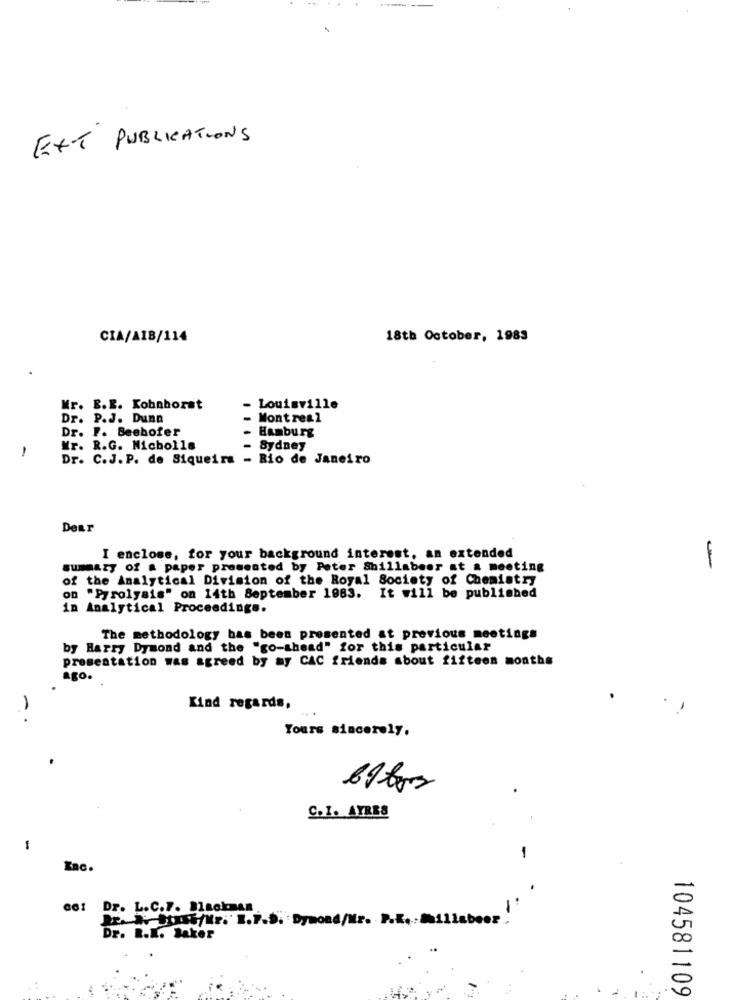
EXT PUBLICATIONS
CIA/AIB/114
18th October, 1983
Kr. E.E. Kohnhorst
Louisville
Dr. P.J. Dunn
Montreal
Dr. F. Seehofer
Hamburg
-
Mr. R.G. Nicholls
Sydney
Dr. C.J. P. de Siqueira - Rio de Janeiro
Dear
I enclose, for your background interest, an extended
summary of a paper presented by Peter Shillabeer at a meeting
-
of the Analytical Division of the Royal Society of Chemistry
on "Pyrolysis" on 14th September 1983. It will be published
in Analytical Proceedings.
The methodology has been presented at previous meetings
by Harry Dymond and the "go-ahead" for this particular
presentation was agreed by my CAC friends about fifteen months
ago.
Kind regards,
-·
Yours sincerely,
C.I. AYRES
-
KRC.
det Dr. L.C.F. Blackman
2. W.Bush/Mr. I.F.D. Dymond/Mr. P.K.Millabeer
Dr. R.K. Baker
104581109